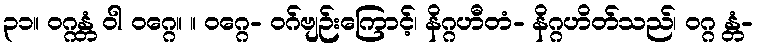
၃၁။ ဝဂ္ဂန္တံ ဝါ ဝဂ္ဂေ။ ။ ဝဂ္ဂေ- ဝဂ်ဗျဉ်းကြောင့်၊ နိဂ္ဂဟီတံ- နိဂ္ဂဟိတ်သည်၊ ဝဂ္ဂ န္တံ-